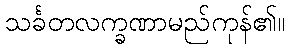
သင်္ခတလက္ခဏာမည်ကုန်၏။